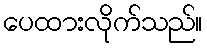
ပေထားလိုက်သည်။